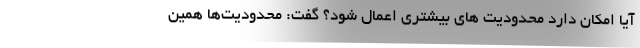
آیا امکان دارد محدودیت های بیشتری اعمال شود؟ گفت: محدودیت‌ها همین